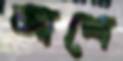
আশে